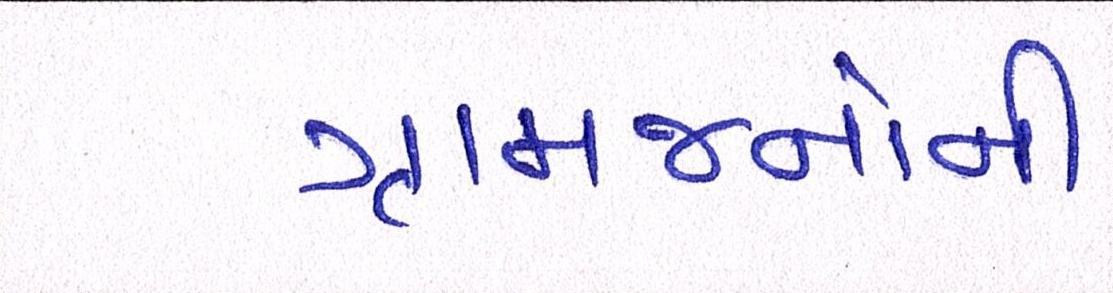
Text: ગ્રામજનોની